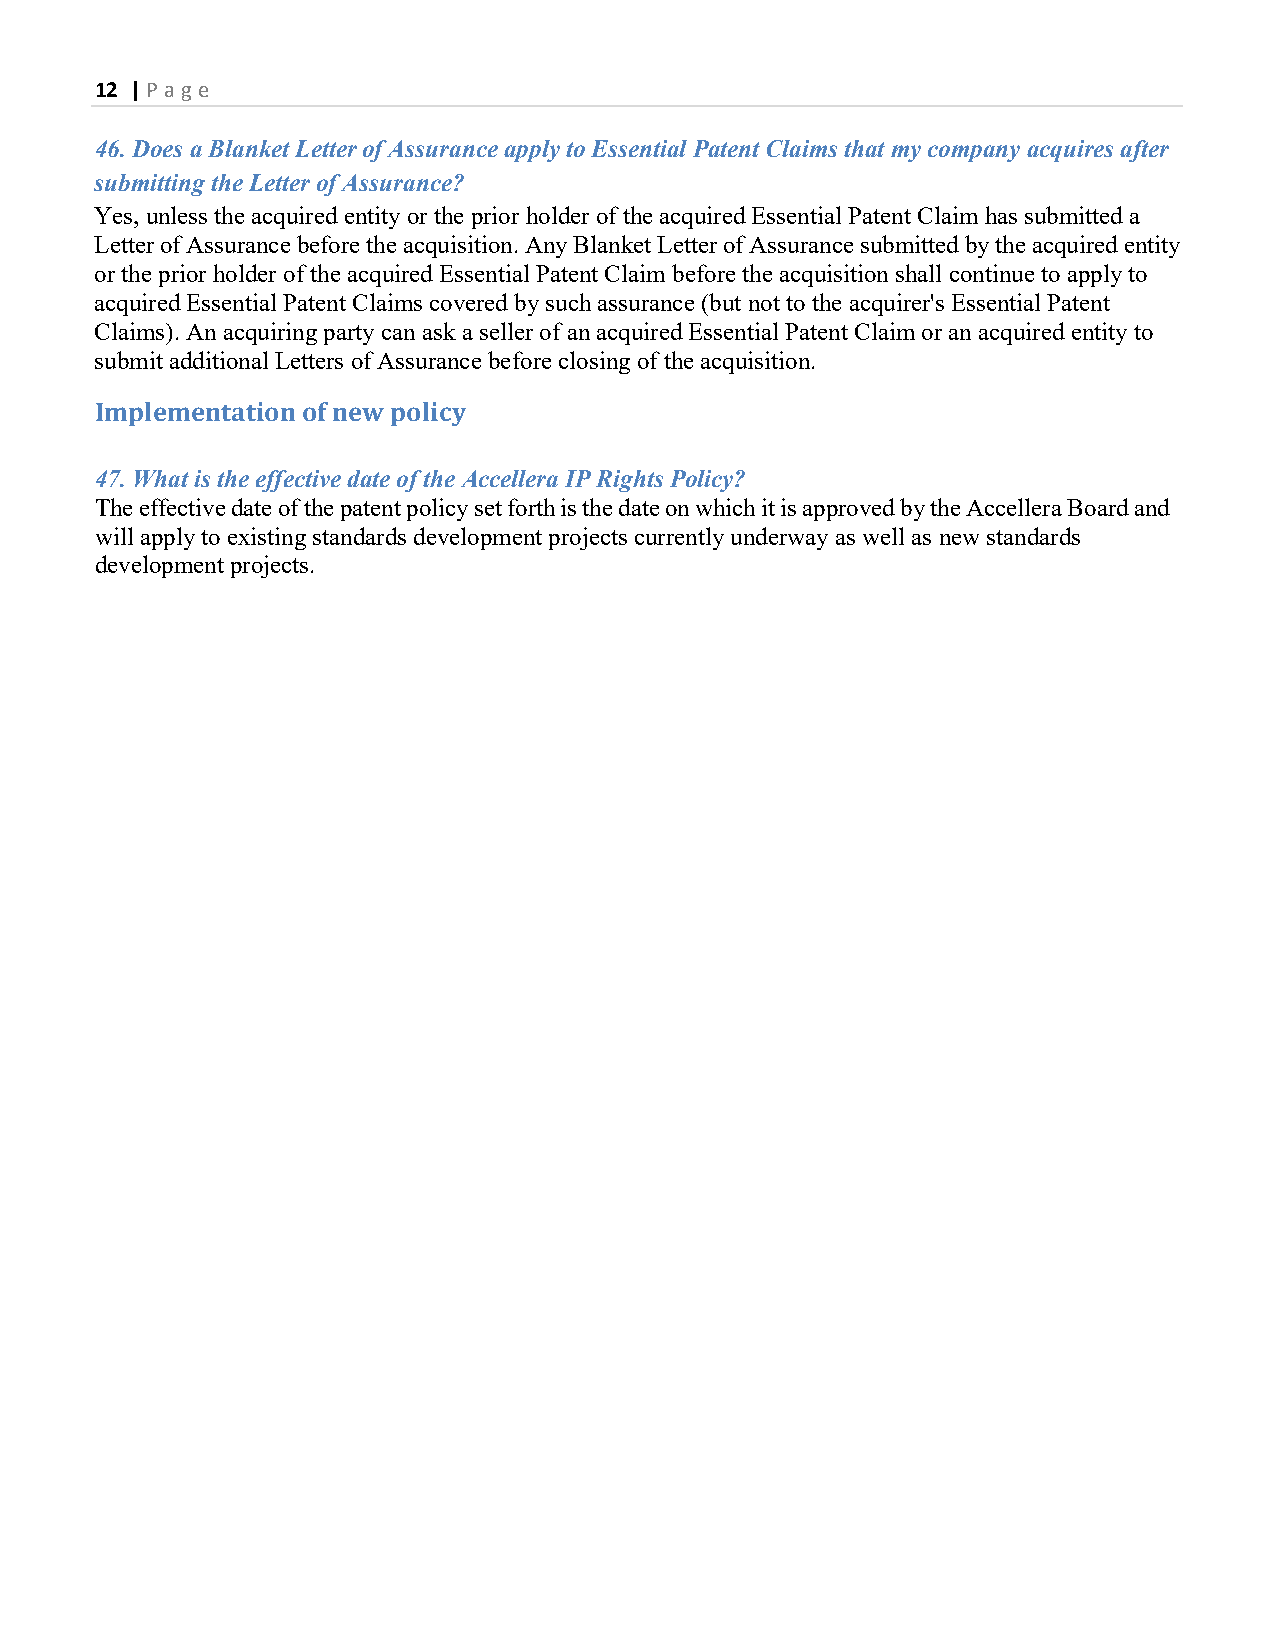
12 | P age
 46. Does a Blanket Letter of Assurance apply to Essential Patent Claims that my company acquires after
 submitting the Letter of Assurance?
 Yes, unless the acquired entity or the prior holder of the acquired Essential Patent Claim has submitted a
 Letter of Assurance before the acquisition. Any Blanket Letter of Assurance submitted by the acquired entity
 or the prior holder of the acquired Essential Patent Claim before the acquisition shall continue to apply to
 acquired Essential Patent Claims covered by such assurance (but not to the acquirer's Essential Patent
 Claims). An acquiring party can ask a seller of an acquired Essential Patent Claim or an acquired entity to
 submit additional Letters of Assurance before closing of the acquisition.
 Implementation of new policy
 47. What is the effective date of the Accellera IP Rights Policy?
 The effective date of the patent policy set forth is the date on which it is approved by the Accellera Board and
 will apply to existing standards development projects currently underway as well as new standards
 development projects.